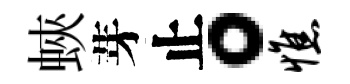
蛺芽止。憔